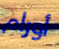
أورام